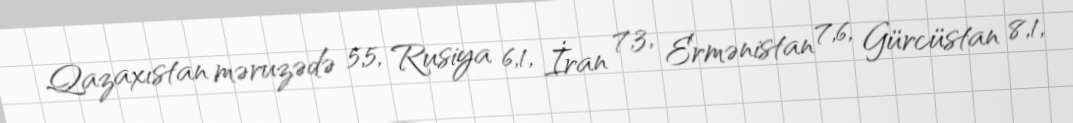
Qazaxıstan məruzədə 5,5, Rusiya 6,1, İran 7,3, Ermənistan 7,6, Gürcüstan 8,1,